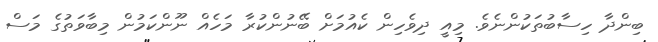
ބިންދާ ހިސާބުތަކުންނެވެ. މިއީ ދިވެހިން ކެއުމަށް ބޭނުންކުރާ މަހެއް ނޫންކަމުން މިބާވަތުގެ މަސް